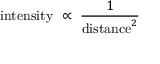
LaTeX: { \mathrm { i n t e n s i t y } } \ \propto \ { \frac { 1 } { { \mathrm { d i s t a n c e } } ^ { 2 } } }